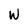
Character: W